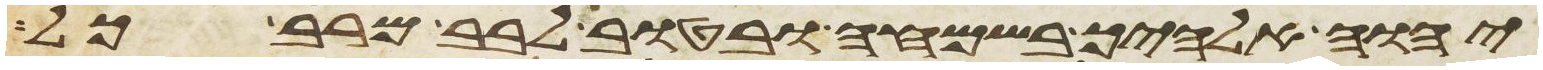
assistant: יהוה אלהיך בשמחה ובטוב לבב מרב כל